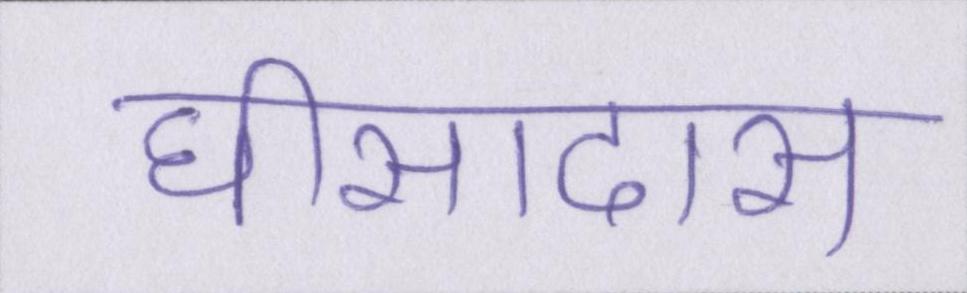
घीसादास